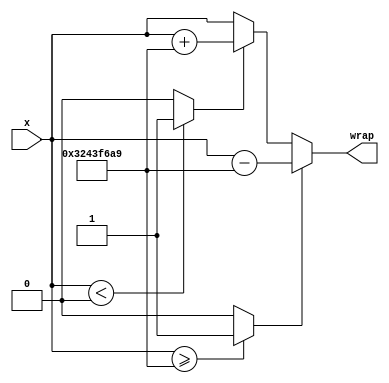
module controllerHdl_Wrap_2pi_Once
          (
           x,
           wrap
          );
  input   signed [31:0] x;  
  output  signed [31:0] wrap;  
  wire signed [31:0] Two_Pi1_out1;  
  wire Relational_Operator_relop1;
  wire signed [31:0] Two_Pi3_out1;  
  wire Relational_Operator1_relop1;
  wire signed [31:0] Two_Pi2_out1;  
  wire signed [31:0] Add2_out1;  
  wire signed [31:0] Switch1_out1;  
  wire signed [31:0] Two_Pi_out1;  
  wire signed [31:0] Add1_out1;  
  wire signed [31:0] Switch_out1;  
  assign Two_Pi1_out1 = 32'sb00110010010000111111011010101001;
  assign Relational_Operator_relop1 = (x >= Two_Pi1_out1 ? 1'b1 :
              1'b0);
  assign Two_Pi3_out1 = 32'sb00000000000000000000000000000000;
  assign Relational_Operator1_relop1 = (x < Two_Pi3_out1 ? 1'b1 :
              1'b0);
  assign Two_Pi2_out1 = 32'sb00110010010000111111011010101001;
  assign Add2_out1 = x + Two_Pi2_out1;
  assign Switch1_out1 = (Relational_Operator1_relop1 == 1'b0 ? x :
              Add2_out1);
  assign Two_Pi_out1 = 32'sb00110010010000111111011010101001;
  assign Add1_out1 = x - Two_Pi_out1;
  assign Switch_out1 = (Relational_Operator_relop1 == 1'b0 ? Switch1_out1 :
              Add1_out1);
  assign wrap = Switch_out1;
endmodule